Civil Veterinary Department Bihar & Orissa reports 1922-29 - 1922-1929
Year: 1922
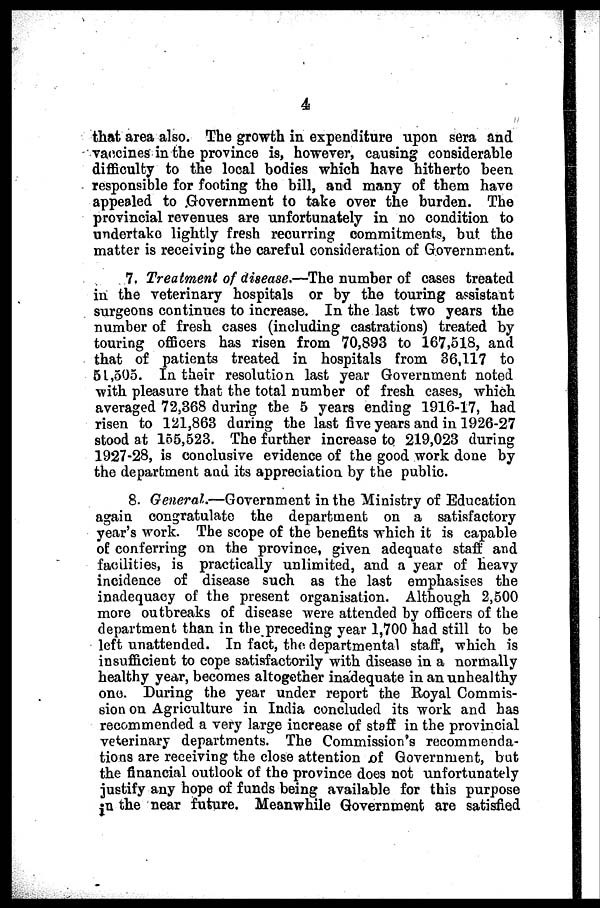
4
that area also. The growth in expenditure upon sera and
vaccines in the province is, however, causing considerable
difficulty to the local bodies which have hitherto been
responsible for footing the bill, and many of them have
appealed to Government to take over the burden. The
provincial revenues are unfortunately in no condition to
undertake lightly fresh recurring commitments, but the
matter is receiving the careful consideration of Government.
7. Treatment of disease.—The number of cases treated
in the veterinary hospitals or by the touring assistant
surgeons continues to increase. In the last two years the
number of fresh cases (including castrations) treated by
touring officers has risen from 70,893 to 167,518, and
that of patients treated in hospitals from 36,117 to
51,505. In their resolution last year Government noted
with pleasure that the total number of fresh cases, which
averaged 72,368 during the 5 years ending 1916-17, had
risen to 121,863 during the last five years and in 1926-27
stood at 155,523. The further increase to 219,023 during
1927-28, is conclusive evidence of the good work done by
the department and its appreciation by the public.
8. General.—Government in the Ministry of Education
again congratulate the department on a satisfactory
year's work. The scope of the benefits which it is capable
of conferring on the province, given adequate staff and
facilities, is practically unlimited, and a year of heavy
incidence of disease such as the last emphasises the
inadequacy of the present organisation. Although 2,500
more outbreaks of disease were attended by officers of the
department than in the preceding year 1,700 had still to be
left unattended. In fact, the departmental staff, which is
insufficient to cope satisfactorily with disease in a normally
healthy year, becomes altogether inadequate in an unhealthy
one. During the year under report the Royal Commis-
sion on Agriculture in India concluded its work and has
recommended a very large increase of staff in the provincial
veterinary departments. The Commission's recommenda-
tions are receiving the close attention of Government, but
the financial outlook of the province does not unfortunately
justify any hope of funds being available for this purpose
in the near future. Meanwhile Government are satisfied